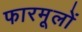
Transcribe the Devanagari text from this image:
फारमूलों